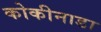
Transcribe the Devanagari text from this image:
कोकीनाडा